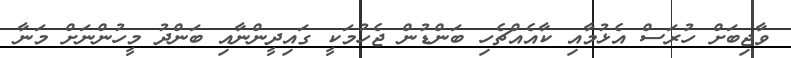
ވާޖިބަށް ހުރަސް އެޅުމާއި ކާއެއްޗެހި ބަންޑުން ޖެހުމަކީ ގައިދީންނާއި ބަންދު މީހުންނަށް މަނާ